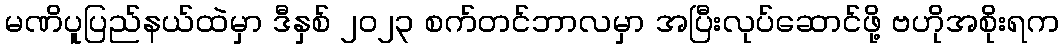
မဏိပူပြည်နယ်ထဲမှာ ဒီနှစ် ၂၀၂၃ စက်တင်ဘာလမှာ အပြီးလုပ်ဆောင်ဖို့ ဗဟိုအစိုးရက